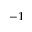
^ { - 1 }